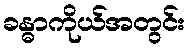
ခန္ဓာကိုယ်အတွင်း